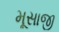
મૂસાજી